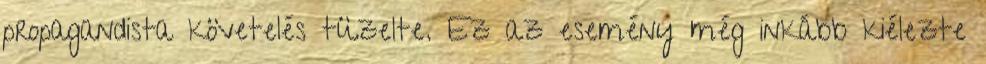
propagandista követelés tüzelte. Ez az esemény még inkább kiélezte